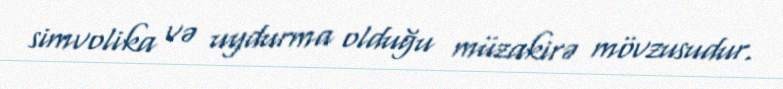
simvolika və uydurma olduğu müzakirə mövzusudur.